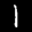
Label: 1